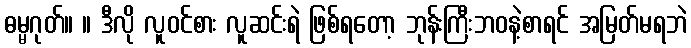
ဓမ္မဂုတ်။ ။ ဒီလို လူဝင်စား လူဆင်းရဲ ဖြစ်ရတော့ ဘုန်းကြီးဘဝနဲ့စာရင် အမြတ်မရဘဲ